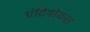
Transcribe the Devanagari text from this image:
एंटियोकस